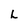
Character: L